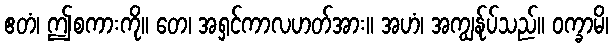
ဧတံ၊ ဤစကားကို။ တေ၊ အရှင်ကာလဟတ်အား။ အဟံ၊ အကျွန်ုပ်သည်။ ဝက္ခာမိ၊